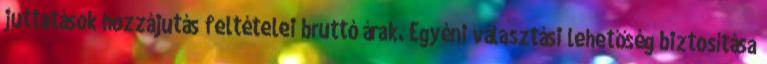
juttatások hozzájutás feltételei bruttó árak. Egyéni választási lehetőség biztosítása